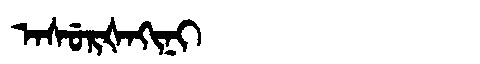
Manchu: ᠠᠰᡠᡵᡧᠠᡴᡳᠨᡳ
Romanization: ASURŠAKINI